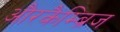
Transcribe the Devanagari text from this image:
औरकैम्ब्रिज